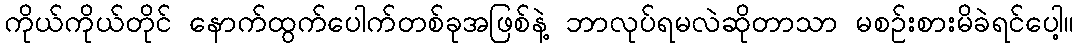
ကိုယ်ကိုယ်တိုင် နောက်ထွက်ပေါက်တစ်ခုအဖြစ်နဲ့ ဘာလုပ်ရမလဲဆိုတာသာ မစဉ်းစားမိခဲရင်ပေါ့။